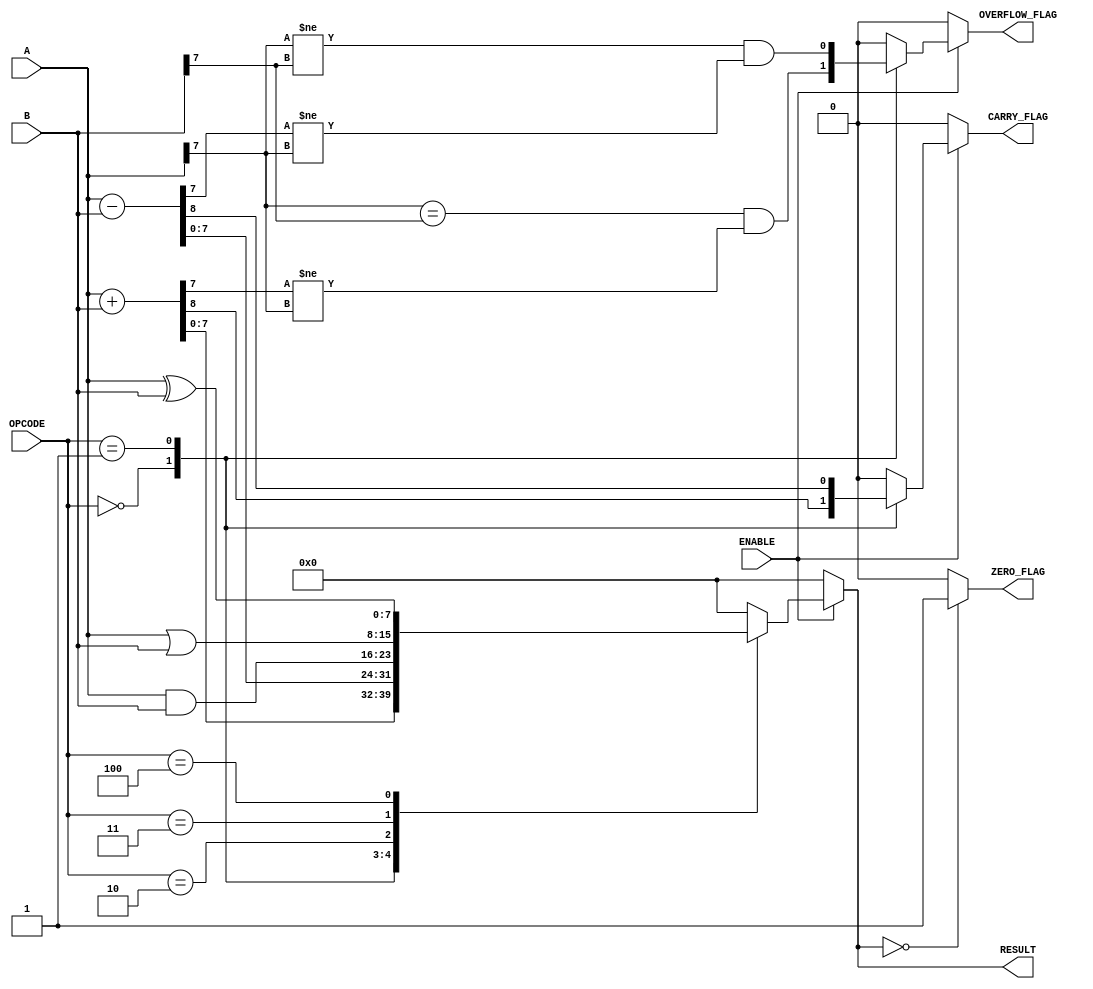
module parameterized_alu #(
    parameter DATA_WIDTH = 8 // Parameter for data width
) (
    input  wire [DATA_WIDTH-1:0] A,        // First operand
    input  wire [DATA_WIDTH-1:0] B,        // Second operand
    input  wire [2:0] OPCODE,               // Operation code
    input  wire ENABLE,                      // Enable signal
    output reg  [DATA_WIDTH-1:0] RESULT,    // Result of the operation
    output reg  ZERO_FLAG,                  // Zero flag
    output reg  CARRY_FLAG,                 // Carry flag
    output reg  OVERFLOW_FLAG                // Overflow flag
);

    always @(*) begin
        if (ENABLE) begin
            case (OPCODE)
                3'b000: begin // Addition
                    {CARRY_FLAG, RESULT} = A + B;
                    OVERFLOW_FLAG = (A[DATA_WIDTH-1] == B[DATA_WIDTH-1]) && (RESULT[DATA_WIDTH-1] != A[DATA_WIDTH-1]);
                end
                3'b001: begin // Subtraction
                    {CARRY_FLAG, RESULT} = A - B;
                    OVERFLOW_FLAG = (A[DATA_WIDTH-1] != B[DATA_WIDTH-1]) && (RESULT[DATA_WIDTH-1] != A[DATA_WIDTH-1]);
                end
                3'b010: begin // Bitwise AND
                    RESULT = A & B;
                    CARRY_FLAG = 1'b0;
                    OVERFLOW_FLAG = 1'b0;
                end
                3'b011: begin // Bitwise OR
                    RESULT = A | B;
                    CARRY_FLAG = 1'b0;
                    OVERFLOW_FLAG = 1'b0;
                end
                3'b100: begin // Bitwise XOR
                    RESULT = A ^ B;
                    CARRY_FLAG = 1'b0;
                    OVERFLOW_FLAG = 1'b0;
                end
                3'b101: begin // Comparison A < B
                    RESULT = 0; // Result is not used for comparison
                    ZERO_FLAG = (A < B) ? 1 : 0;
                    CARRY_FLAG = 1'b0;
                    OVERFLOW_FLAG = 1'b0;
                end
                3'b110: begin // Comparison A == B
                    RESULT = 0; // Result is not used for comparison
                    ZERO_FLAG = (A == B) ? 1 : 0;
                    CARRY_FLAG = 1'b0;
                    OVERFLOW_FLAG = 1'b0;
                end
                default: begin
                    RESULT = 0;
                    CARRY_FLAG = 1'b0;
                    OVERFLOW_FLAG = 1'b0;
                end
            endcase
        end else begin
            RESULT = 0;
            ZERO_FLAG = 0;
            CARRY_FLAG = 0;
            OVERFLOW_FLAG = 0;
        end

        // Update ZERO_FLAG based on RESULT
        if (RESULT == 0) begin
            ZERO_FLAG = 1;
        end else begin
            ZERO_FLAG = 0;
        end
    end
endmodule